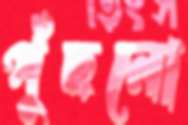
পুঁছনো